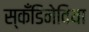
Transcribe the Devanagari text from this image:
स्कँडिनेविया